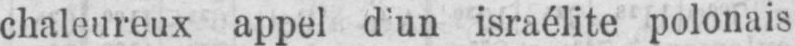
chaleureux appel d’un israélite polonais